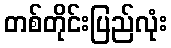
တစ်တိုင်းပြည်လုံး